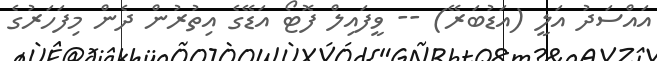
އައްސަދު އަލީ (އަޑުބަރޭ) -- ވީފައިލް ފޮޓޯ އަޑޭގެ އިތުރުން ދެން މިފަހަރުގެ